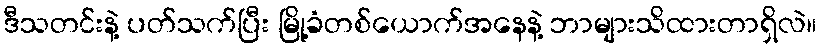
ဒီသတင်းနဲ့ ပတ်သက်ပြီး မြို့ခံတစ်ယောက်အနေနဲ့ ဘာများသိထားတာရှိလဲ။